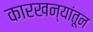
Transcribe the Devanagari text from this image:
कारखन्यांतून